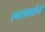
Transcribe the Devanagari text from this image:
एक्सकर्शन